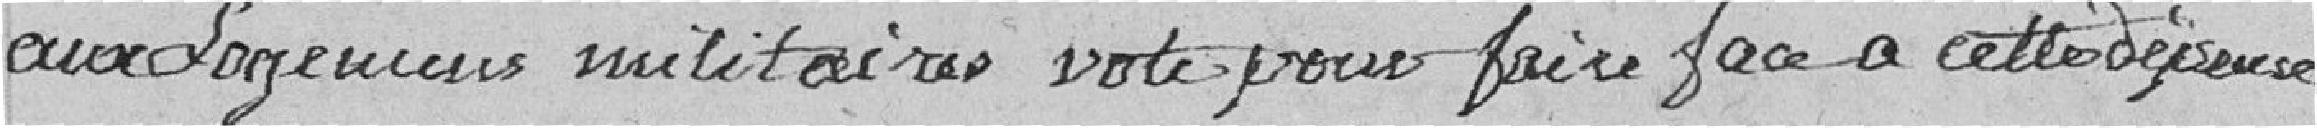
aux Logeuses militaires vote pour faire face à cette dépense